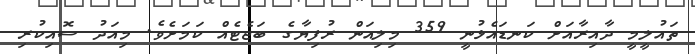
ތައުލީމީ ދާއިރާއަށް ކަނޑައެޅުނީ 359 މިލިއަން ރުފިޔާގެ ބަޖެޓެއް ކަމަށެވެ. މިއަދު ސޮއިކުރި